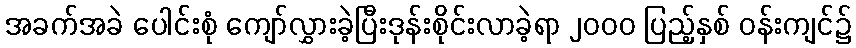
အခက်အခဲ ပေါင်းစုံ ကျော်လွှားခဲ့ပြီးဒုန်းစိုင်းလာခဲ့ရာ ၂၀၀၀ ပြည့်နှစ် ဝန်းကျင်၌